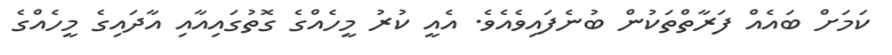
ކަމަށް ބައެއް ފަރާތްތަކުން ބުނެފައިވެއެވެ. އެއީ ކުރު މީހެއްގެ ގޮތުގައިއާއި އާދައިގެ މީހެއްގެ